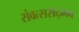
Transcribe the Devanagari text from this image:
संवत्सरोद्भव